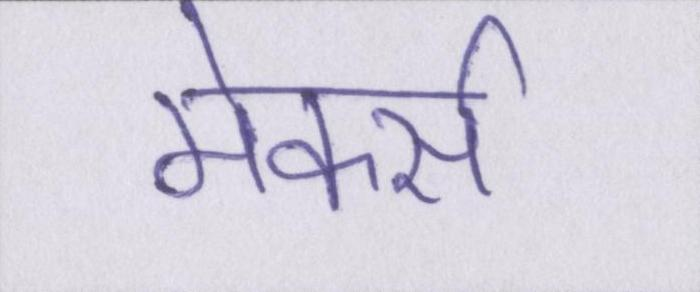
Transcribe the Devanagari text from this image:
मेकर्स